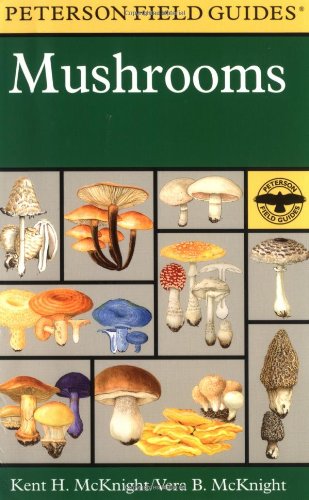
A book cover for A Field Guide to Mushrooms: North America (Peterson Field Guides); Kent H. McKnight; Science & Math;